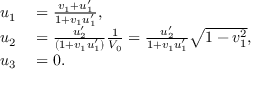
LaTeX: \begin{array} { r l } { u _ { 1 } } & { { } = { \frac { v _ { 1 } + u _ { 1 } ^ { \prime } } { 1 + v _ { 1 } u _ { 1 } ^ { \prime } } } , } \\ { u _ { 2 } } & { { } = { \frac { u _ { 2 } ^ { \prime } } { ( 1 + v _ { 1 } u _ { 1 } ^ { \prime } ) } } { \frac { 1 } { V _ { 0 } } } = { \frac { u _ { 2 } ^ { \prime } } { 1 + v _ { 1 } u _ { 1 } ^ { \prime } } } { \sqrt { 1 - v _ { 1 } ^ { 2 } } } , } \\ { u _ { 3 } } & { { } = 0 . } \end{array}